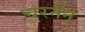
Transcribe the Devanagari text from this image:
चरनँन